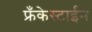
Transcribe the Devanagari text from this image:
फ्रँकेस्टाईन